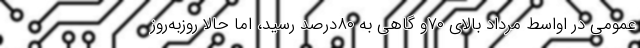
عمومی در اواسط مرداد بالای ۷۰و گاهی به ۸۰درصد رسید، اما حالا روزبه‌روز